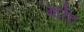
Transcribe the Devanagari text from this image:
गार्रेट